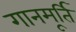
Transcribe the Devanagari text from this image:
गानमूर्ति